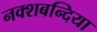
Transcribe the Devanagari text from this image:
नक्शबन्दिया